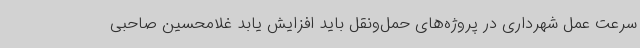
سرعت عمل شهرداری در پروژه‌های حمل‌ونقل باید افزایش یابد غلامحسین صاحبی